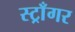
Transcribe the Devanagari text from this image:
स्ट्राँगर